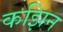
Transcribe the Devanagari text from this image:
कझिन